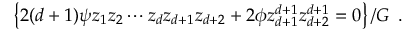
{ \left\{ { 2 ( d + 1 ) \psi { z _ { 1 } } { z _ { 2 } } \cdots { z _ { d } } { z _ { d + 1 } } { z _ { d + 2 } } + 2 \phi { z _ { d + 1 } ^ { d + 1 } } { z _ { d + 2 } ^ { d + 1 } } = 0 } \right\} / G } \, \, \, .